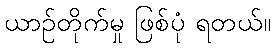
ယာဉ်တိုက်မှု ဖြစ်ပုံ ရတယ်။